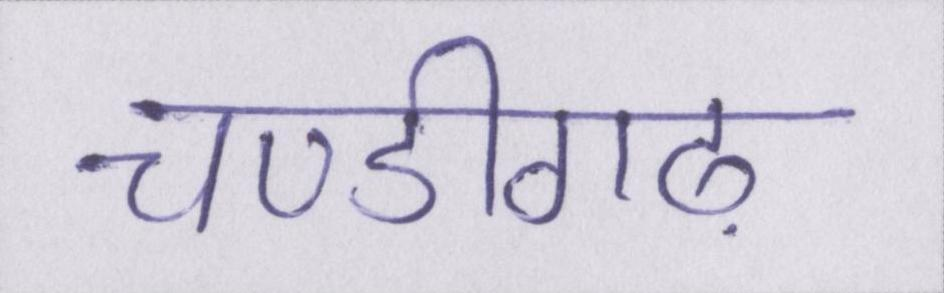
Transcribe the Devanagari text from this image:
चण्डीगढ़